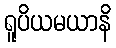
ရူပိယမယာနိ